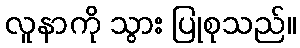
လူနာကို သွား ပြုစုသည်။